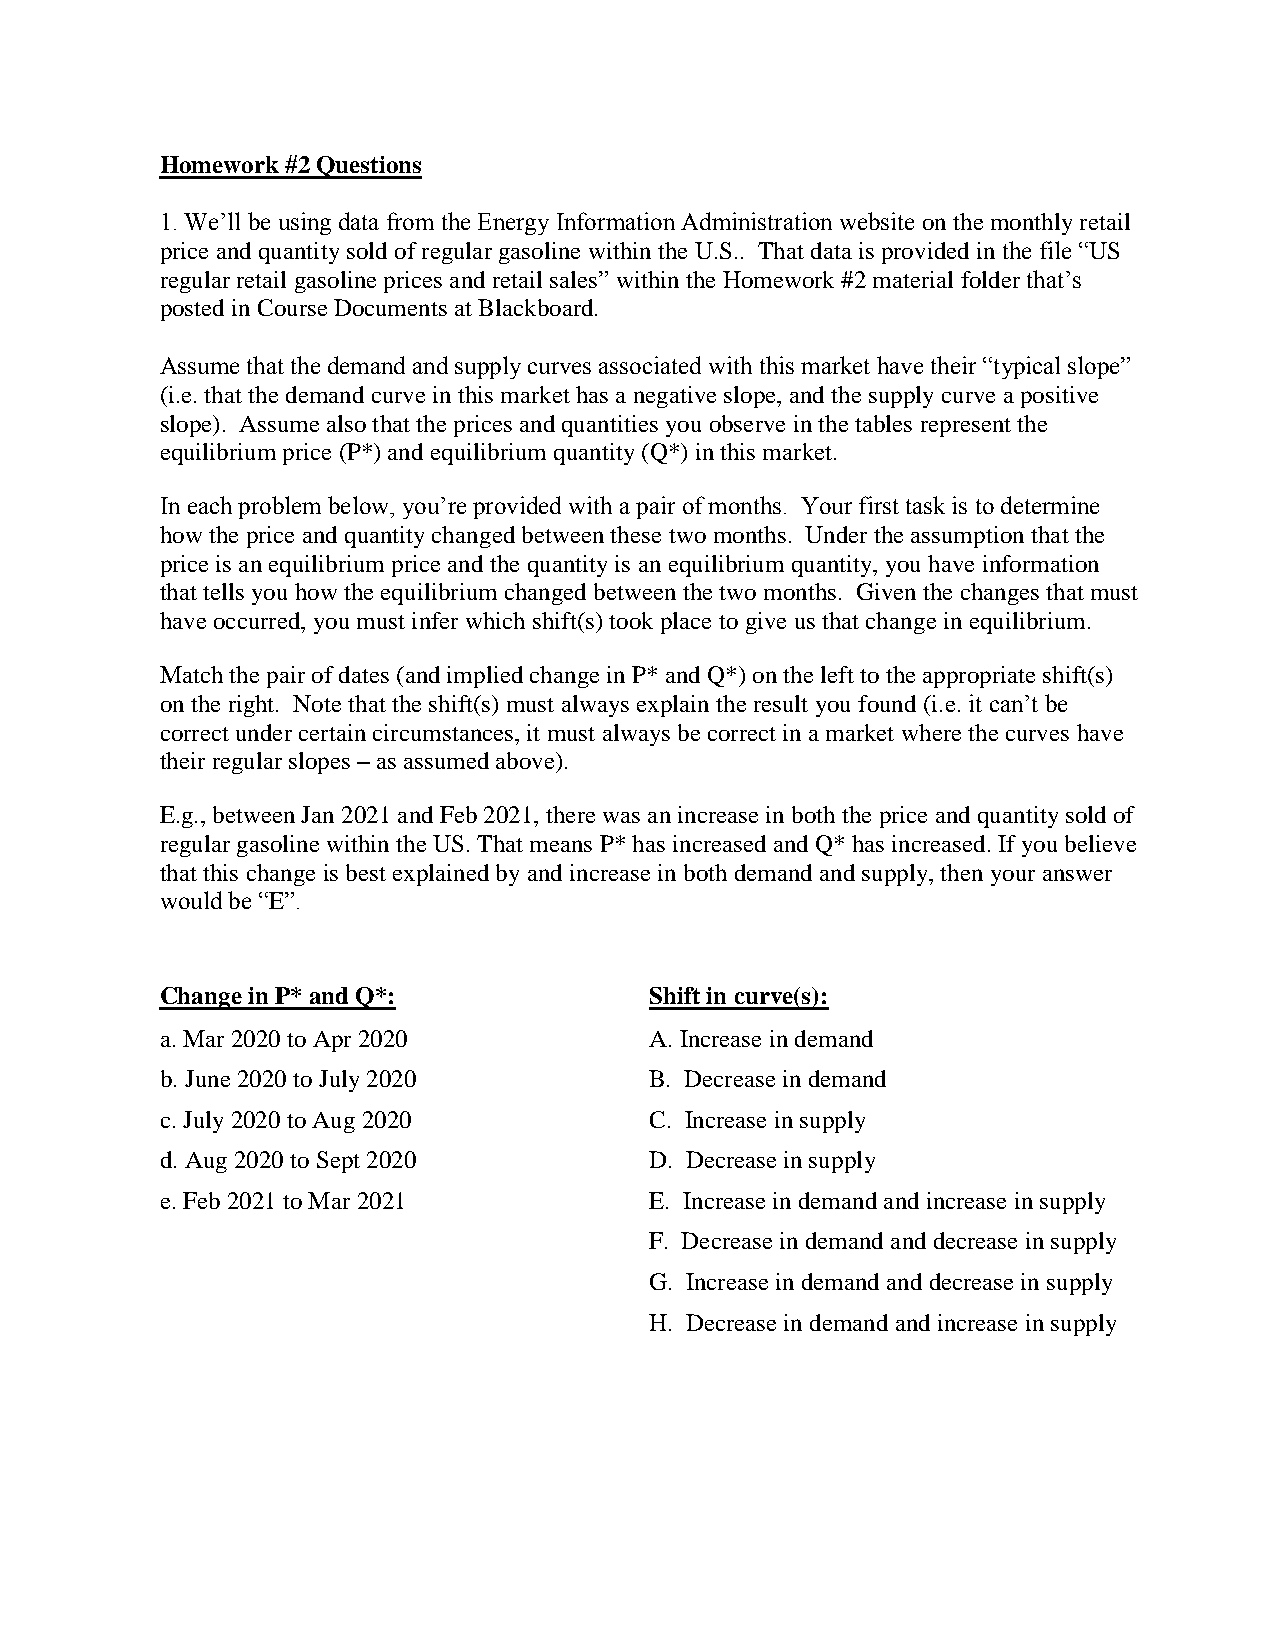
Homework #2 Questions
 1. We’ll be using data from the Energy Information Administration website on the monthly retail
 price and quantity sold of regular gasoline within the U.S.. That data is provided in the file “US
 regular retail gasoline prices and retail sales” within the Homework #2 material folder that’s
 posted in Course Documents at Blackboard.
 Assume that the demand and supply curves associated with this market have their “typical slope”
 (i.e. that the demand curve in this market has a negative slope, and the supply curve a positive
 slope). Assume also that the prices and quantities you observe in the tables represent the
 equilibrium price (P*) and equilibrium quantity (Q*) in this market.
 In each problem below, you’re provided with a pair of months. Your first task is to determine
 how the price and quantity changed between these two months. Under the assumption that the
 price is an equilibrium price and the quantity is an equilibrium quantity, you have information
 that tells you how the equilibrium changed between the two months. Given the changes that must
 have occurred, you must infer which shift(s) took place to give us that change in equilibrium.
 Match the pair of dates (and implied change in P* and Q*) on the left to the appropriate shift(s)
 on the right. Note that the shift(s) must always explain the result you found (i.e. it can’t be
 correct under certain circumstances, it must always be correct in a market where the curves have
 their regular slopes – as assumed above).
 E.g., between Jan 2021 and Feb 2021, there was an increase in both the price and quantity sold of
 regular gasoline within the US. That means P* has increased and Q* has increased. If you believe
 that this change is best explained by and increase in both demand and supply, then your answer
 would be “E”.
 Change in P* and Q*:            Shift in curve(s):
 a. Mar 2020 to Apr 2020         A. Increase in demand
 b. June 2020 to July 2020       B. Decrease in demand
 c. July 2020 to Aug 2020        C. Increase in supply
 d. Aug 2020 to Sept 2020        D. Decrease in supply
 e. Feb 2021 to Mar 2021         E. Increase in demand and increase in supply
 F. Decrease in demand and decrease in supply
 G. Increase in demand and decrease in supply
 H. Decrease in demand and increase in supply